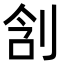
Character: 㓧